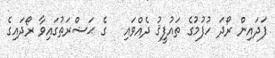
ފަދައިން ރޯދަ ހުފުމުގެ ތައުފީޤު ދެއްވައި   ގެ ޙަޟްރަތުގައިވާ ރޯދައިގެ